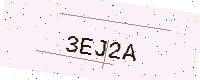
Text: 3EJ2A